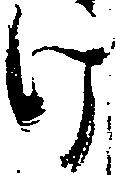
け